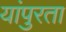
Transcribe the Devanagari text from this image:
यांपुरता